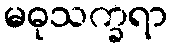
မဓုသက္ခရာ